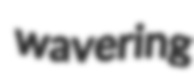
wavering